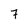
Character: 7